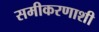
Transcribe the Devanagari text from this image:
समीकरणाशी